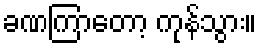
ခဏကြာတော့ ကုန်သွား။